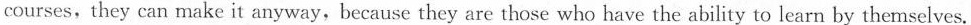
courses,they can make it anyway, because they are those who have the ability to learn by themselves.